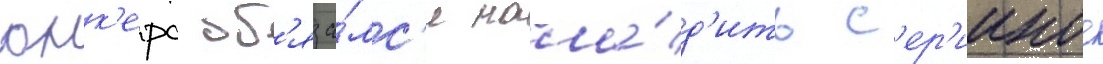
юнк'ерс об'яза́лс'я нала́д'ить с'ер'ииное